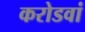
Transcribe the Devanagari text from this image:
करोडवां